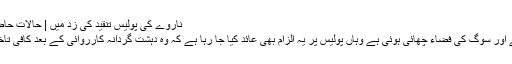
ناروے کی پولیس تنقید کی زد میں | حالات حاضرہ | DW | 28.07.2011
ناروے میں جہاں شدید صدمے اور سوگ کی فضاء چھائی ہوئی ہے وہاں پولیس پر یہ الزام بھی عائد کیا جا رہا ہے کہ وہ دہشت گردانہ کارروائی کے بعد کافی تاخیر سے وقوعہ پر پہنچی تھی۔